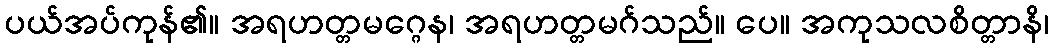
ပယ်အပ်ကုန်၏။ အရဟတ္တမဂ္ဂေန၊ အရဟတ္တမဂ်သည်။ ပေ။ အကုသလစိတ္တာနိ၊